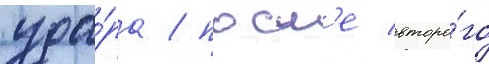
уда́ра / посл'е второ́го